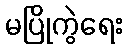
မပြိုကွဲရေး